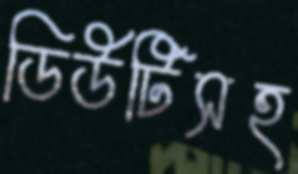
ডিউটিসহ